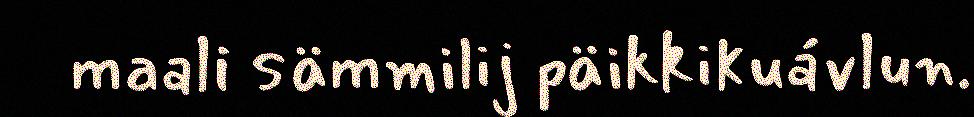
maali sämmilij päikkikuávlun.